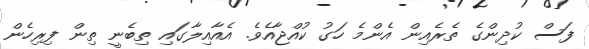
ފަސް ކުދިންގެ ތެރެއިން އެންމެ ހަގު ކުއްޖާއެވެ. އެއާއިލާގައި ތިބެނީ ތިން ފިރިހެން